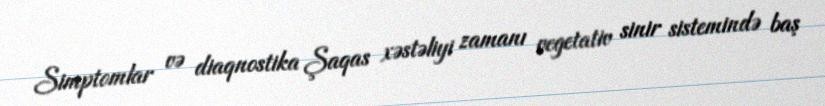
Simptomlar və diaqnostika Şaqas xəstəliyi zamanı vegetativ sinir sistemində baş